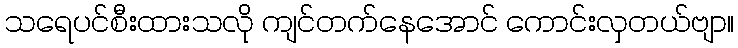
သရေပင်စီးထားသလို ကျင်တက်နေအောင် ကောင်းလှတယ်ဗျာ။